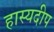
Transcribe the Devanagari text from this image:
हास्यदीप